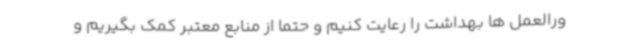
ورالعمل ها بهداشت را رعایت کنیم و حتما از منابع معتبر کمک بگیریم و